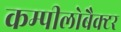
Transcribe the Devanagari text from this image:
कम्पीलोबैक्टर